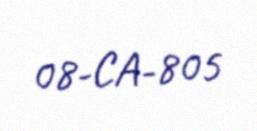
08-CA-805